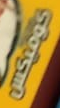
كوميكس